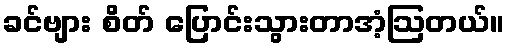
ခင်ဗျား စိတ် ပြောင်းသွားတာအံ့ဩတယ်။